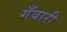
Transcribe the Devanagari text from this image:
गँवारी